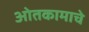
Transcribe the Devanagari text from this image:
ओतकामाचे